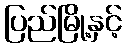
ပြည်မြို့နှင့်